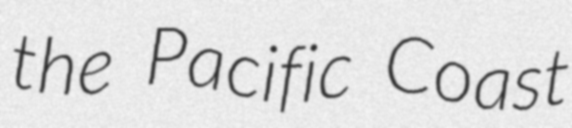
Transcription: the Pacific Coast